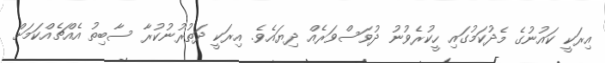
އިރަކީ ކައުނުގެ މެދުކަމުގައި ހީކުރެވުނު ދުވަސްވަރެއް ދިޔައެވެ. އިރަކީ ދަތުރުނުކުރާ ސާބިތު އެއްޗެއްކަމަށް